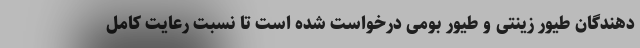
دهندگان طیور زینتی و طیور بومی درخواست شده است تا نسبت رعایت کامل